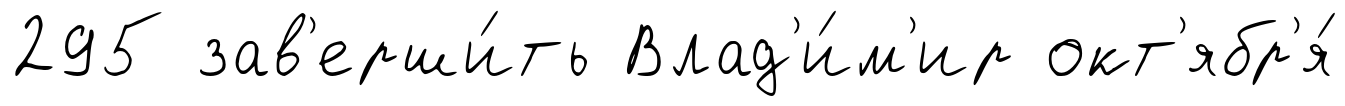
295 зав'ерши́ть Влад'и́м'ир окт'ябр'я́